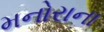
મનોરાના